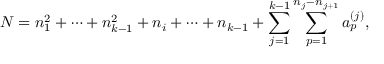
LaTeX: N = n _ { 1 } ^ { 2 } + \cdots + n _ { k - 1 } ^ { 2 } + n _ { i } + \cdots + n _ { k - 1 } + \sum _ { j = 1 } ^ { k - 1 } \sum _ { p = 1 } ^ { n _ { j } - n _ { j + 1 } } a _ { p } ^ { ( j ) } ,